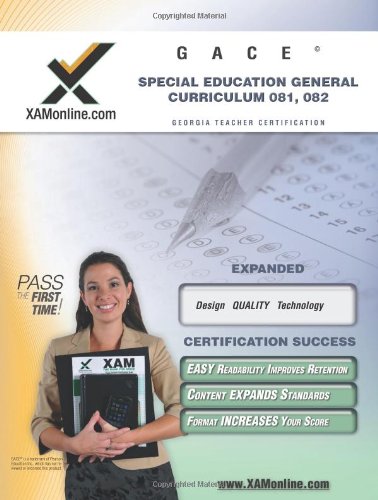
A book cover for GACE Special Education General Curriculum 081, 082 Teacher Certification Test Prep Study Guide; Sharon Wynne; Test Preparation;